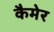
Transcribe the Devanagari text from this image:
कैमेर